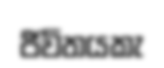
ජීවිතයකැ